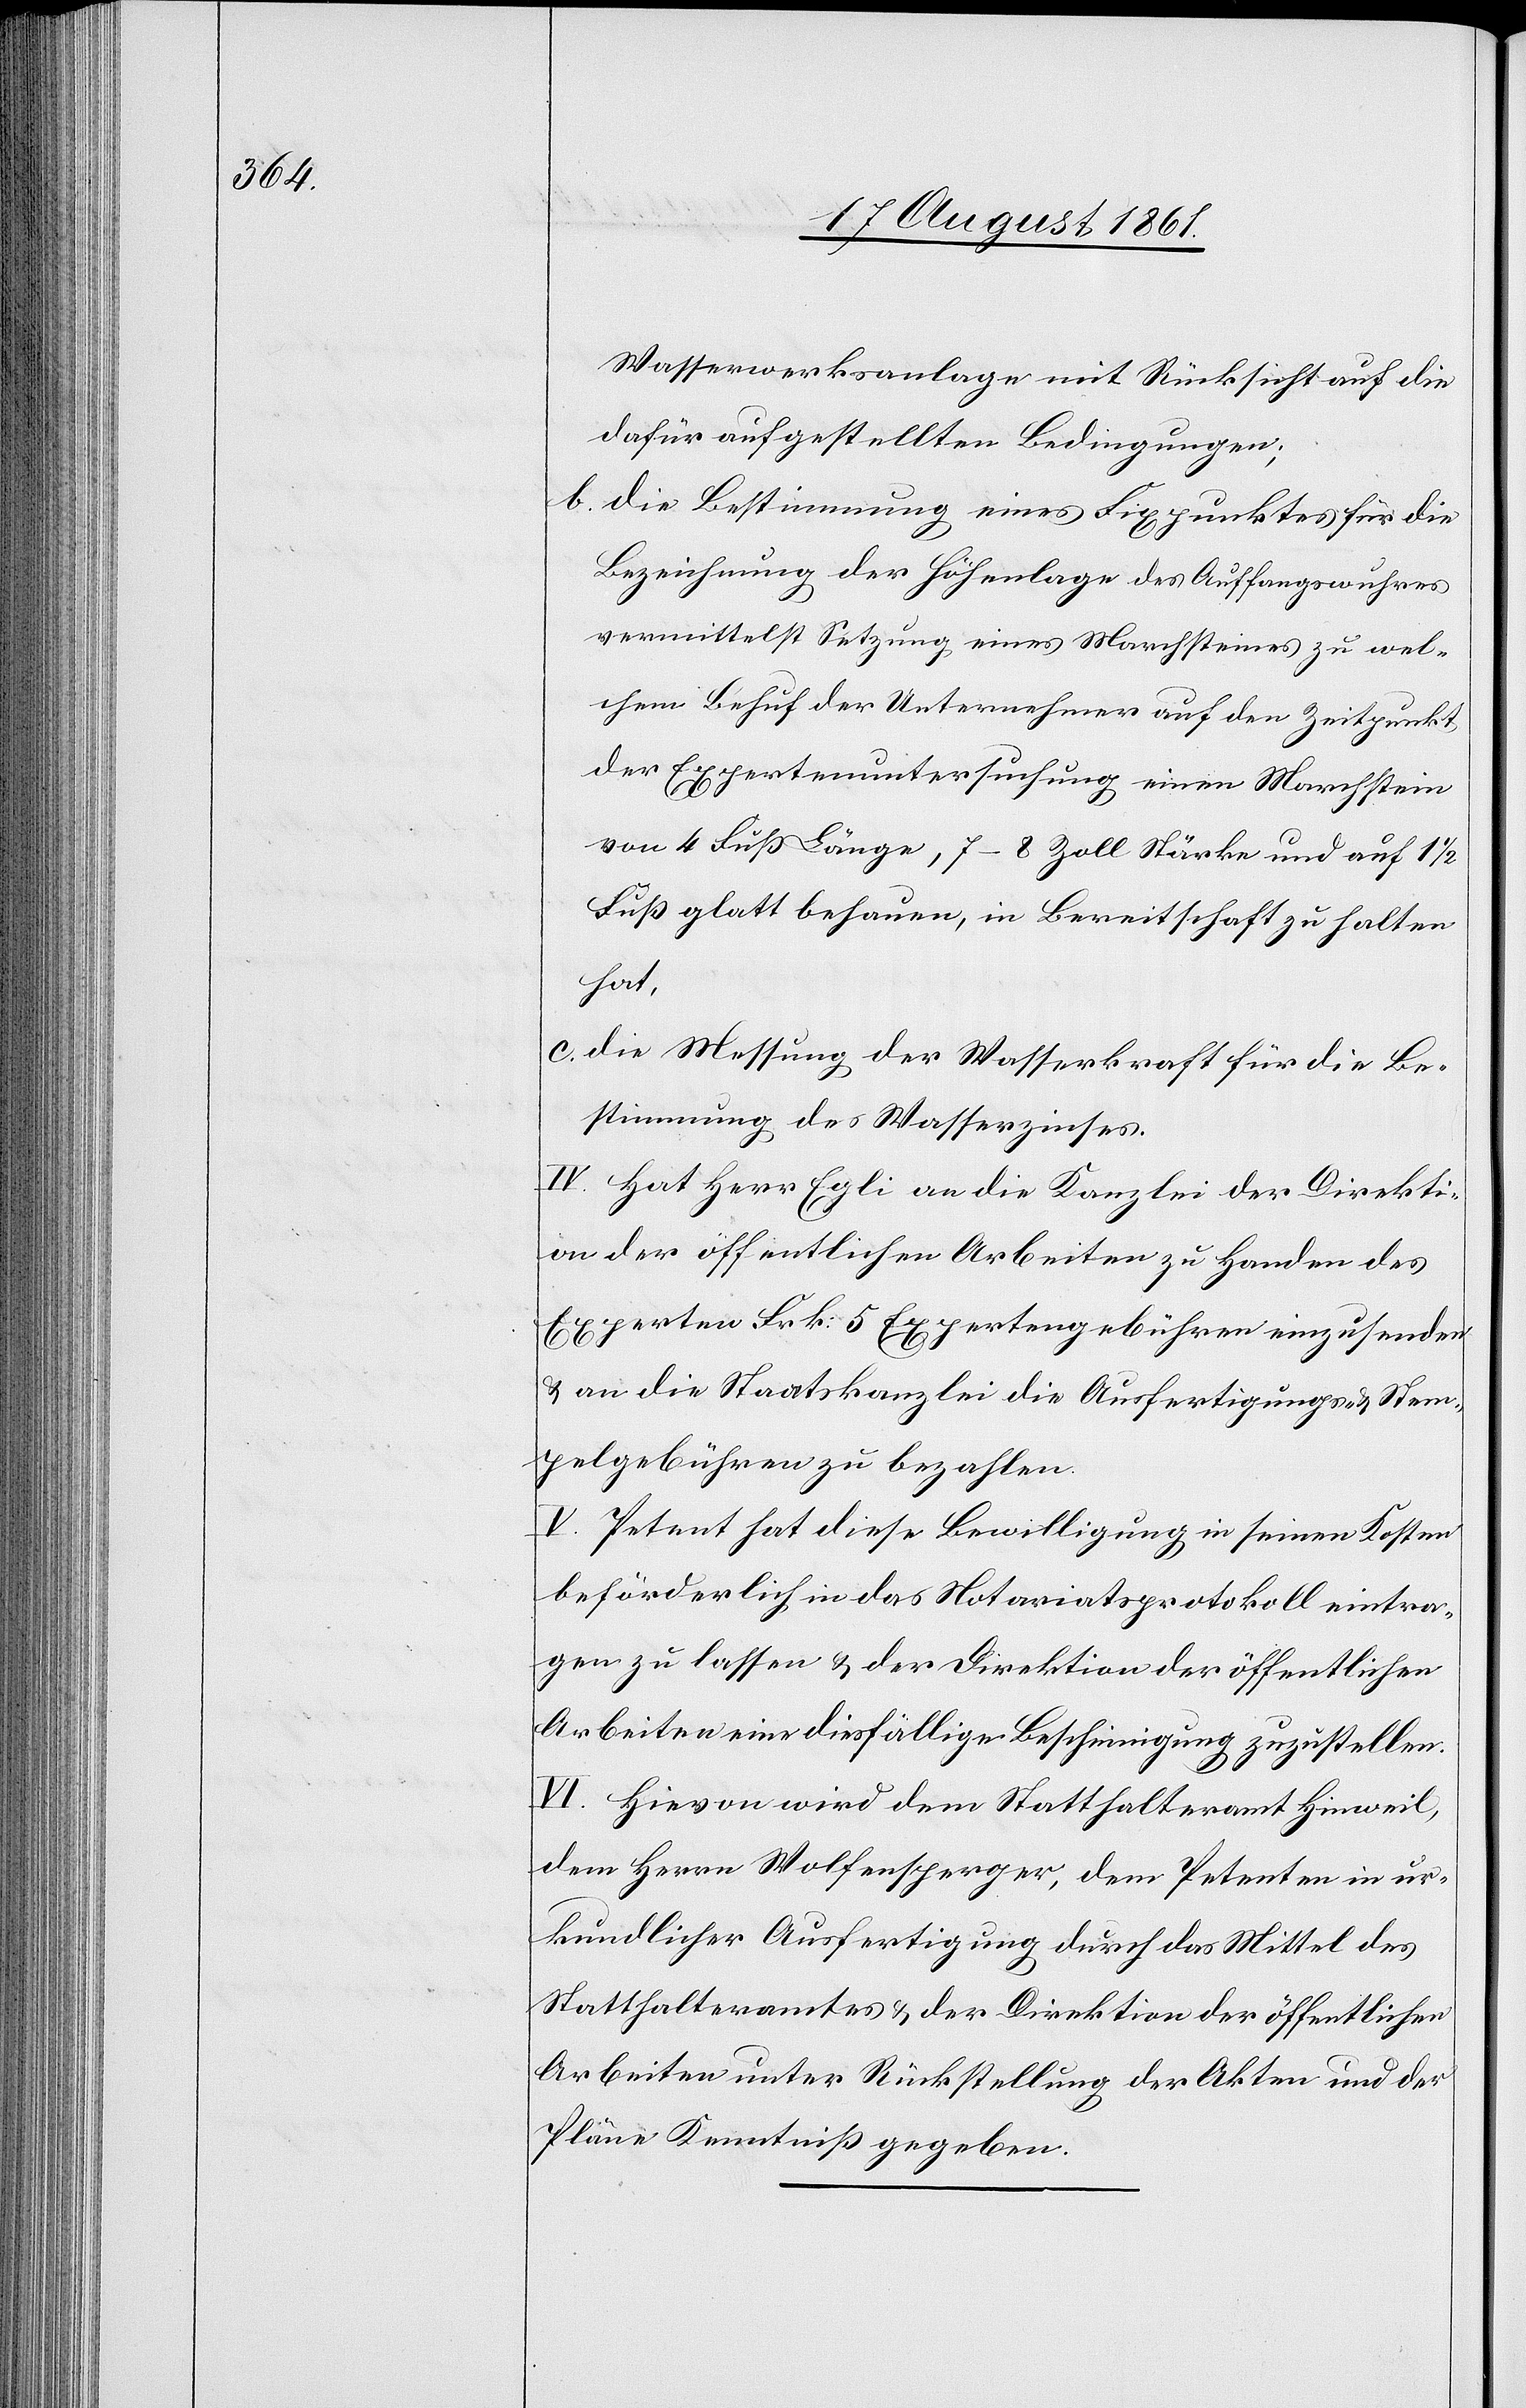
Wasserwerksanlage mit Rücksicht auf die
dafür aufgestellten Bedingungen;
b. Die Bestimmung eines Fixpunktes für die
Bezeichnung der Höhenlage des Auffangswuhres
vermittelst Setzung eines Marchsteines zu wel¬
chem Behuf der Unternehmer auf den Zeitpunkt,
der Expertenuntersuchung einen Marchstein
von 4 Fuß Länge, 7–8 Zoll Stärke und auf 1
Fuß glatt behauen, in Bereitschaft zu halten
hat,
c. Die Messung der Wasserkraft für die Be¬
stimmung des Wasserzinses.
IV. Hat Herr Egli an die Kanzlei der Direkti¬
on der öffentlichen Arbeiten zu Handen des
Experten Frk. 5 Expertengebühren einzusenden
u. an die Staatskanzlei die Ausfertigungs- u. Stem¬
pelgebühren zu bezahlen.
V. Petent hat diese Bewilligung in seinen Kosten
beförderlich in das Notariatsprotokoll eintra¬
gen zu lassen u. der Direktion der öffentlichen
Arbeiten eine diesfällige Bescheinigung zuzustellen.
VI. Hievon wird dem Statthalteramte Hinweil,
dem Herrn Wolfensberger, dem Petenten in ur¬
kundlicher Ausfertigung durch das Mittel des
Statthalteramtes u. der Direktion der öffentlichen
Arbeiten unter Rückstellung der Akten und
Plane Kenntniß gegeben.